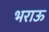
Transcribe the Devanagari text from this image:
भराऊ